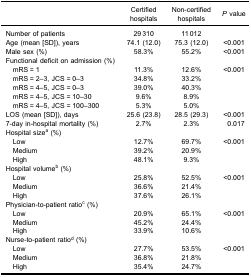
<table><thead><tr><td>[EMPTY_CELL]</td><td><b>Certifiedhospitals</b></td><td><b>Non-certifiedhospitals</b></td><td><b><i>P</i> value</b></td></tr></thead><tbody><tr><td>Number of patients</td><td>29 310</td><td>11 012</td><td>[EMPTY_CELL]</td></tr><tr><td>Age (mean [SD]), years</td><td>74.1 (12.0)</td><td>75.3 (12.0)</td><td>&lt;0.001</td></tr><tr><td>Male sex (%)</td><td>58.3%</td><td>55.2%</td><td>&lt;0.001</td></tr><tr><td>Functional deficit on admission (%)</td><td>[EMPTY_CELL]</td><td>[EMPTY_CELL]</td><td>[EMPTY_CELL]</td></tr><tr><td> mRS = 1</td><td>11.3%</td><td>12.6%</td><td>&lt;0.001</td></tr><tr><td> mRS = 2–3, JCS = 0–3</td><td>34.8%</td><td>33.2%</td><td>[EMPTY_CELL]</td></tr><tr><td> mRS = 4–5, JCS = 0–3</td><td>39.0%</td><td>40.3%</td><td>[EMPTY_CELL]</td></tr><tr><td> mRS = 4–5, JCS = 10–30</td><td>9.6%</td><td>8.9%</td><td>[EMPTY_CELL]</td></tr><tr><td> mRS = 4–5, JCS = 100–300</td><td>5.3%</td><td>5.0%</td><td>[EMPTY_CELL]</td></tr><tr><td>LOS (mean [SD]), days</td><td>25.6 (23.8)</td><td>28.5 (29.3)</td><td>&lt;0.001</td></tr><tr><td>7-day in-hospital mortality (%)</td><td>2.7%</td><td>2.3%</td><td>0.017</td></tr><tr><td>Hospital size<sup>a</sup> (%)</td><td>[EMPTY_CELL]</td><td>[EMPTY_CELL]</td><td>[EMPTY_CELL]</td></tr><tr><td> Low</td><td>12.7%</td><td>69.7%</td><td>&lt;0.001</td></tr><tr><td> Medium</td><td>39.2%</td><td>20.9%</td><td>[EMPTY_CELL]</td></tr><tr><td> High</td><td>48.1%</td><td>9.3%</td><td>[EMPTY_CELL]</td></tr><tr><td>Hospital volume<sup>b</sup> (%)</td><td>[EMPTY_CELL]</td><td>[EMPTY_CELL]</td><td>[EMPTY_CELL]</td></tr><tr><td> Low</td><td>25.8%</td><td>52.5%</td><td>&lt;0.001</td></tr><tr><td> Medium</td><td>36.6%</td><td>21.4%</td><td>[EMPTY_CELL]</td></tr><tr><td> High</td><td>37.6%</td><td>26.1%</td><td>[EMPTY_CELL]</td></tr><tr><td>Physician-to-patient ratio<sup>c</sup> (%)</td><td>[EMPTY_CELL]</td><td>[EMPTY_CELL]</td><td>[EMPTY_CELL]</td></tr><tr><td> Low</td><td>20.9%</td><td>65.1%</td><td>&lt;0.001</td></tr><tr><td> Medium</td><td>45.2%</td><td>24.4%</td><td>[EMPTY_CELL]</td></tr><tr><td> High</td><td>33.9%</td><td>10.6%</td><td>[EMPTY_CELL]</td></tr><tr><td>Nurse-to-patient ratio<sup>d</sup> (%)</td><td>[EMPTY_CELL]</td><td>[EMPTY_CELL]</td><td>[EMPTY_CELL]</td></tr><tr><td> Low</td><td>27.7%</td><td>53.5%</td><td>&lt;0.001</td></tr><tr><td> Medium</td><td>36.8%</td><td>21.8%</td><td>[EMPTY_CELL]</td></tr><tr><td> High</td><td>35.4%</td><td>24.7%</td><td>[EMPTY_CELL]</td></tr></tbody></table>